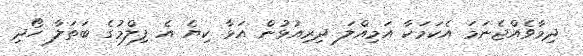
ދިމާވެއްޖެނަމަ އެކަމަކާ އަމިއްލަ ދިރިއުޅުން އަޅާ ކިޔެ އެ ފިލްމުގެ ބަތަލާ ހޯދި